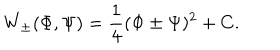
W _ { \pm } ( \Phi , \Psi ) = \frac { 1 } { 4 } ( \Phi \pm \Psi ) ^ { 2 } + C .